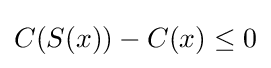
C(S(x))-C(x)\leq 0